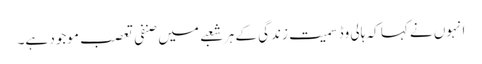
انہوں نے کہا کہ ہالی وڈ سمیت زندگی کے ہر شعبے میں صنفی تعصب موجود ہے۔